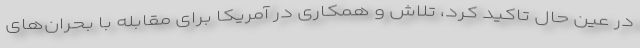
در عین حال تاکید کرد، تلاش و همکاری در آمریکا برای مقابله با بحران‌های